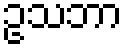
ဥသဘာ